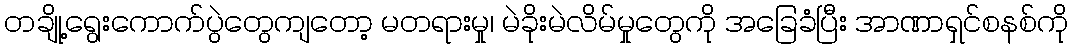
တချို့ရွေးကောက်ပွဲတွေကျတော့ မတရားမှု၊ မဲခိုးမဲလိမ်မှုတွေကို အခြေခံပြီး အာဏာရှင်စနစ်ကို